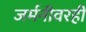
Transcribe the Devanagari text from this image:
जर्मनीवरही